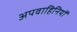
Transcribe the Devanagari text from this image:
अपवाहिनियों